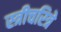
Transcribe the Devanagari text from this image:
स्त्रीचरित्रे